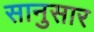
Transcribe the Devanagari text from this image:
सानुसार